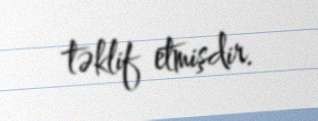
təklif etmişdir.